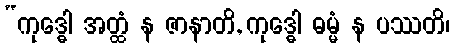
“ကုဒ္ဓေါ အတ္ထံ န ဇာနာတိ, ကုဒ္ဓေါ ဓမ္မံ န ပဿတိ၊